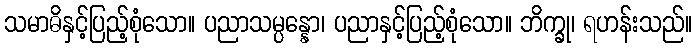
သမာဓိနှင့်ပြည့်စုံသော။ ပညာသမ္ပန္နော၊ ပညာနှင့်ပြည့်စုံသော။ ဘိက္ခု၊ ရဟန်းသည်။